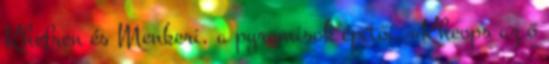
Khefren és Menkeri, a pyramisok építői. «Kheops az ő